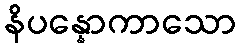
နိပန္နောကာသော